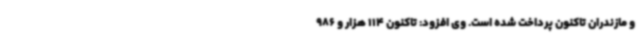
و مازندران تاکنون پرداخت شده است. وی افزود: تاکنون 114 هزار و 986